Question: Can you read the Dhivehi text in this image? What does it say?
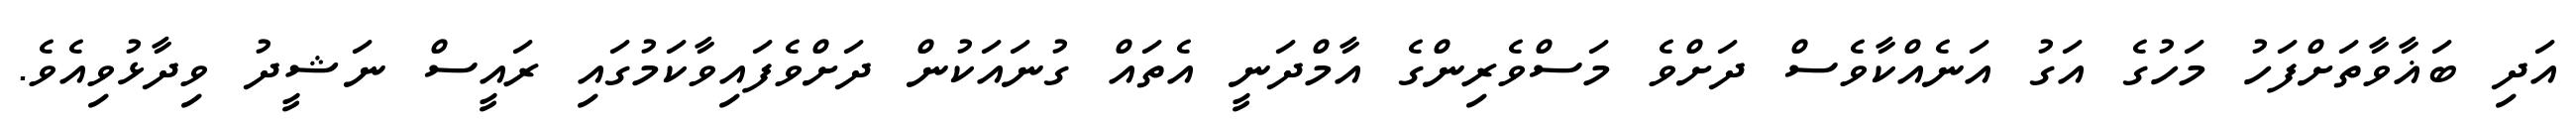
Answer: އަދި ބަޣާވާތަށްފަހު މަހުގެ އަގު އަނެއްކާވެސް ދަށްވެ މަސްވެރިންގެ އާމްދަނީ އެތައް ގުނައަކުން ދަށްވެފައިވާކަމުގައި ރައީސް ނަޝީދު ވިދާޅުވިއެވެ.